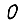
Digit: 0